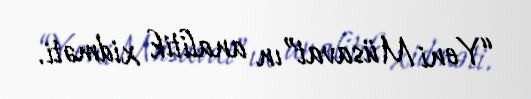
“Yeni Müsavat”ın analitik xidməti.